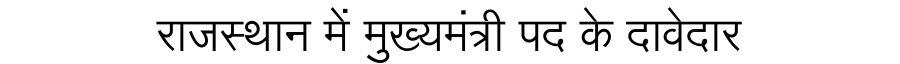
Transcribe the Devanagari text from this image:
राजस्थान में मुख्यमंत्री पद के दावेदार